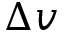
\Delta v